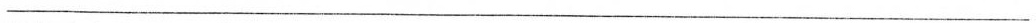
___